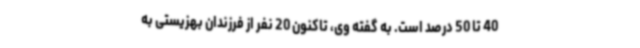
40 تا 50 درصد است. به گفته وی، تاکنون 20 نفر از فرزندان بهزیستی به